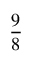
\frac { 9 } { 8 }